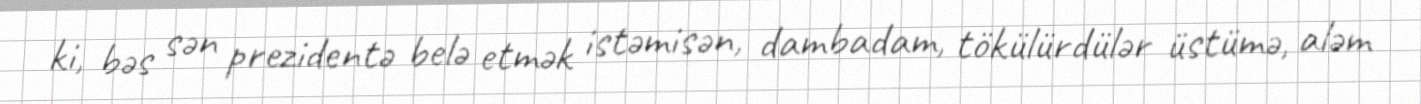
ki, bəs sən prezidentə belə etmək istəmisən, dambadam, tökülürdülər üstümə, aləm